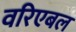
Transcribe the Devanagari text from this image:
वरिएबल